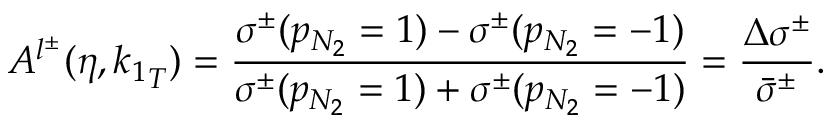
A ^ { l ^ { \pm } } ( \eta , { k _ { 1 } } _ { T } ) = \frac { \sigma ^ { \pm } ( p _ { N _ { 2 } } = 1 ) - \sigma ^ { \pm } ( p _ { N _ { 2 } } = - 1 ) } { \sigma ^ { \pm } ( p _ { N _ { 2 } } = 1 ) + \sigma ^ { \pm } ( p _ { N _ { 2 } } = - 1 ) } = \frac { \Delta \sigma ^ { \pm } } { \bar { \sigma } ^ { \pm } } .